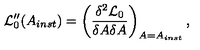
{ \cal L } _ { 0 } ^ { \prime \prime } ( A _ { i n s t } ) = \left( \frac { \delta ^ { 2 } { \cal L } _ { 0 } } { \delta A \delta A } \right) _ { A = A _ { i n s t } } ,